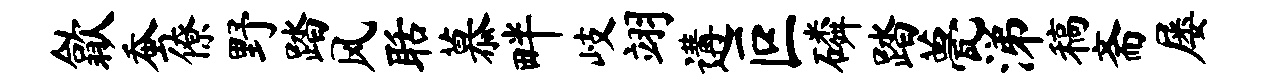
歙蚕僚野踏风聒慕畔岐翊遘叵磷踏甍涕稿斋屡